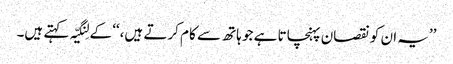
’’یہ ان کو نقصان پہنچاتا ہے جو ہاتھ سے کام کرتے ہیں،‘‘ کے لِنگیّہ کہتے ہیں۔